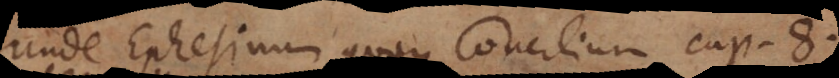
Unde Ephesinum quoque Concilium cap. 8.